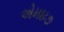
એમ૪૭